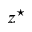
z ^ { \star }